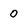
Character: 0